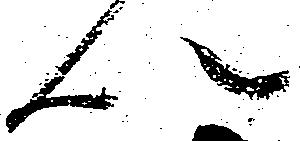
以